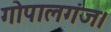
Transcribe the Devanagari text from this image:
गोपालगंज।